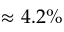
\approx 4 . 2 \%